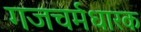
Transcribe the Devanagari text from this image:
गजचर्मधारक